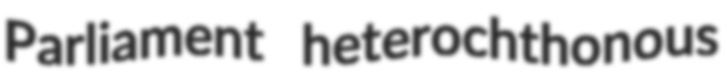
Parliament heterochthonous